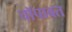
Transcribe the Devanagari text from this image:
चॉपावत